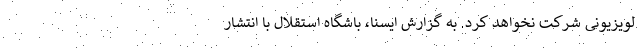
لویزیونی شرکت نخواهد کرد. به گزارش ایسنا، باشگاه استقلال با انتشار